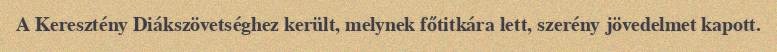
A Keresztény Diákszövetséghez került, melynek főtitkára lett, szerény jövedelmet kapott.